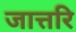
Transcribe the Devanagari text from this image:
जात्तरि